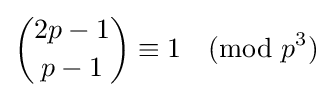
{2p-1 \choose p-1}\equiv 1{\pmod {p^{3}}}